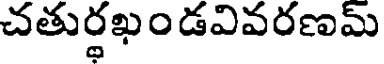
చతుర్థఖండవివరణమ్